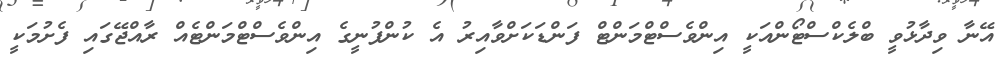
އޭނާ ވިދާޅުވީ ބްލެކްސްޓޯންއަކީ އިންވެސްޓްމަންޓް ފަންޑަކަށްވާއިރު އެ ކުންފުނީގެ އިންވެސްޓްމަންޓެއް ރާއްޖޭގައި ފެށުމަކީ